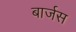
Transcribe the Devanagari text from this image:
बार्जस